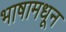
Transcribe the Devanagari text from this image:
भाषामधून